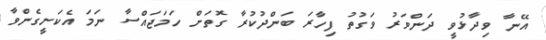
އޭނާ ވިދާޅުވީ ދަންވަރު ވަގުތު ފިހާރަ ބަންދުކުރާ ގޮތަށް ހަމަޖައްސާ ނަމަ އެކަށީގެންވާ